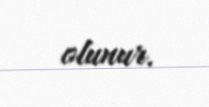
olunur.